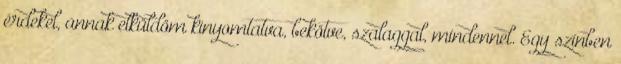
érdekel, annak elküldöm kinyomtatva, bekötve, szalaggal, mindennel. Egy színben